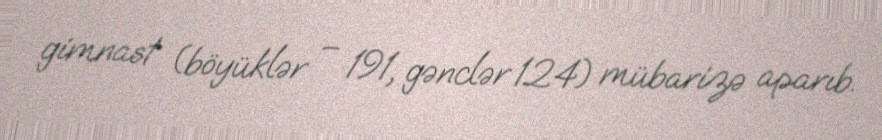
gimnast (böyüklər – 191, gənclər 124) mübarizə aparıb.